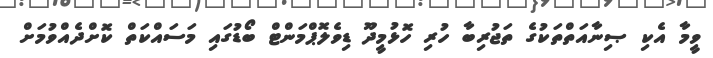
ވީމާ އެކި ޞިނާއަތްތަކުގެ ތަޖުރިބާ ހުރި ހޮޅުމީދޫ ޑިވެލޮޕްމަންޓް ބޯޑުގައި މަސައްކަތް ކޮށްދެއްވުމަށް